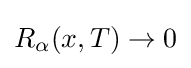
R_{\alpha }(x,T)\rightarrow 0